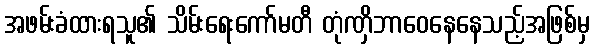
အဖမ်းခံထားရသူ၏ သိမ်းရေးကော်မတီ တုံဏှိဘာဝေနေနေသည့်အဖြစ်မှ